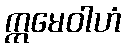
ဣမေဝါဟံ